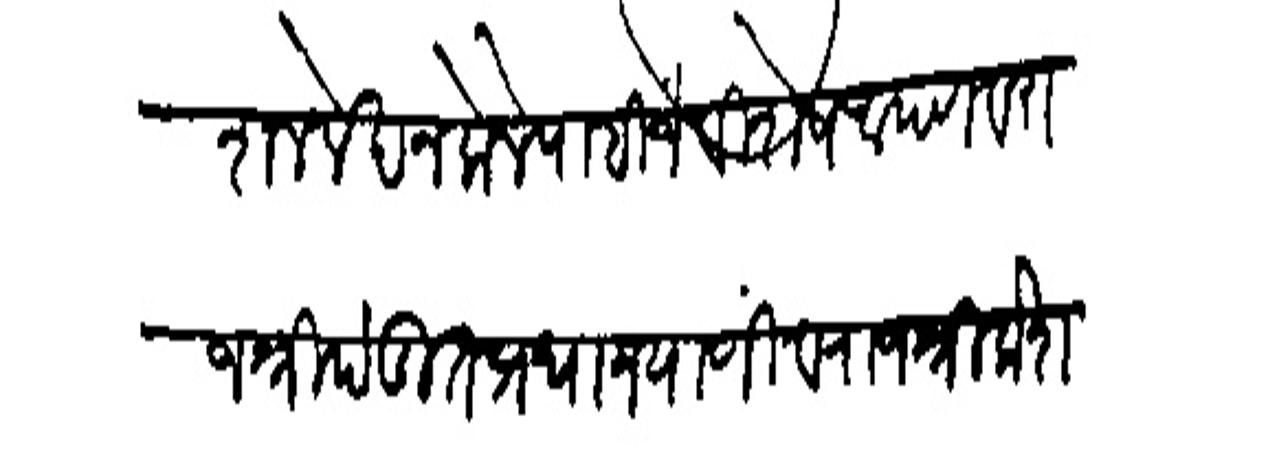
Transliteration (Devanagari): कुदाल लेखन केले पाहिजे विशेष आपण व राजश्री पंडित प्रधान यार्णी व राजश्री केशवराव